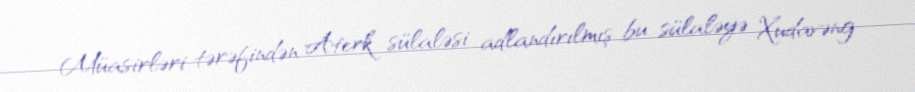
Müasirləri tərəfindən Aterk sülaləsi adlandırılmış bu sülaləyə Xudavəng